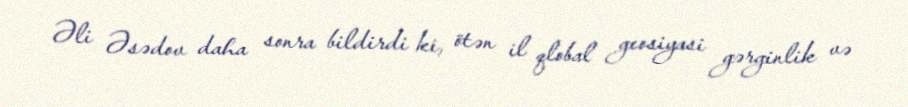
Əli Əsədov daha sonra bildirdi ki, ötən il qlobal geosiyasi gərginlik və